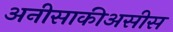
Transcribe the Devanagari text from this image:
अनीसाकीअसीस